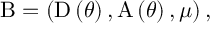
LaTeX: \mathrm { B } = \left( \mathrm { D } \left( \theta \right) , \mathrm { A } \left( \theta \right) , \mu \right) ,